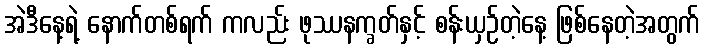
အဲဒီနေ့ရဲ့ နောက်တစ်ရက် ကလည်း ဖုဿနက္ခတ်နှင့် စန်းယှဉ်တဲ့နေ့ ဖြစ်နေတဲ့အတွက်